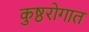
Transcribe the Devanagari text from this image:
कुष्ठरोगात